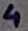
Text: 4